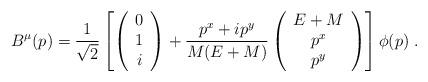
LaTeX: \begin{align*}B^\mu(p) = \frac{1}{\sqrt2}\left[\left(\begin{array}{c}0\\1\\i\end{array}\right)+\frac{p^x+ip^y}{M(E+M)}\left(\begin{array}{c}E+M\\p^x\\p^y\end{array}\right)\right]\phi(p)\;.\end{align*}